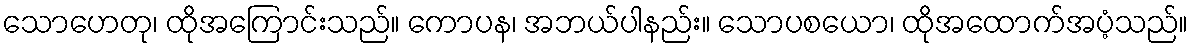
သောဟေတု၊ ထိုအကြောင်းသည်။ ကောပန၊ အဘယ်ပါနည်း။ သောပစယော၊ ထိုအထောက်အပံ့သည်။